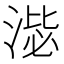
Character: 𣸢